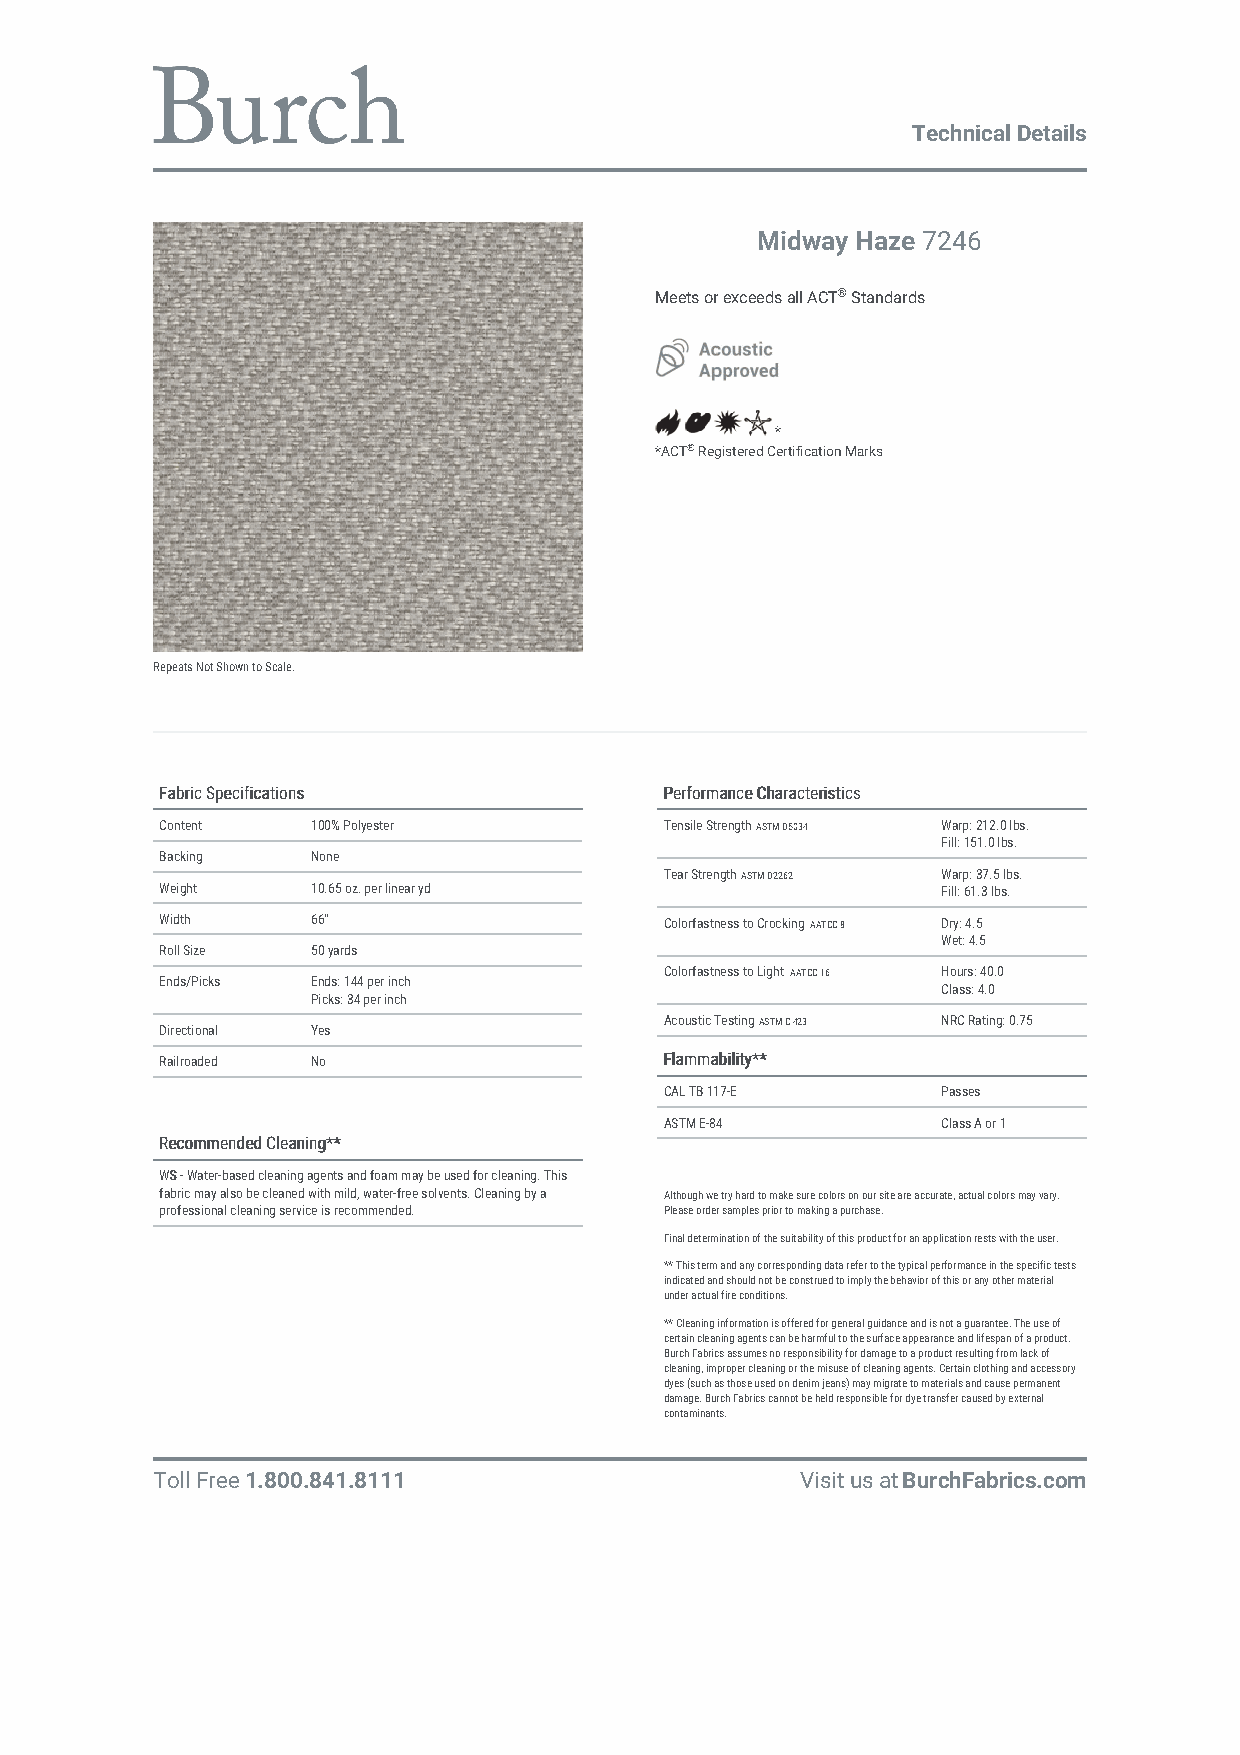
Technical Details
 Midway Haze 7246
 Meets or exceeds all ACT® Standards
 *
 *ACT® Registered Certification Marks
 Repeats Not Shown to Scale.
 FFaabbrriicc SSppeecciiffiiccaattiioonnss PPeerrffoorrmmaannccee CChhaarraacctteerriissttiiccss
 Content   100% Polyester         Tensile Strength ASTM D5034 Warp: 212.0 lbs.
 Fill: 151.0 lbs.
 Backing   None
 Tear Strength ASTM D2262 Warp: 37.5 lbs.
 Weight    10.65 oz. per linear yd                  Fill: 61.3 lbs.
 Width     66"                    Colorfastness to Crocking AATCC 8 Dry: 4.5
 Wet: 4.5
 Roll Size 50 yards
 Colorfastness to Light AATCC 16 Hours: 40.0
 Ends/Picks Ends: 144 per inch
 Class: 4.0
 Picks: 34 per inch
 Acoustic Testing ASTM C 423 NRC Rating: 0.75
 Directional Yes
 Railroaded No                    FFllaammmmaabbiilliittyy****
 CAL TB 117-E      Passes
 ASTM E-84         Class A or 1
 RReeccoommmmeennddeedd CClleeaanniinngg****
 WWSS - Water-based cleaning agents and foam may be used for cleaning. This
 fabric may also be cleaned with mild, water-free solvents. Cleaning by a Although we try hard to make sure colors on our site are accurate, actual colors may vary.
 professional cleaning service is recommended. Please order samples prior to making a purchase.
 Final determination of the suitability of this product for an application rests with the user.
 ** This term and any corresponding data refer to the typical performance in the specific tests
 indicated and should not be construed to imply the behavior of this or any other material
 under actual fire conditions.
 ** Cleaning information is offered for general guidance and is not a guarantee. The use of
 certain cleaning agents can be harmful to the surface appearance and lifespan of a product.
 Burch Fabrics assumes no responsibility for damage to a product resulting from lack of
 cleaning, improper cleaning or the misuse of cleaning agents. Certain clothing and accessory
 dyes (such as those used on denim jeans) may migrate to materials and cause permanent
 damage. Burch Fabrics cannot be held responsible for dye transfer caused by external
 contaminants.
 Toll Free 1.800.841.8111                   Visit us at BurchFabrics.com